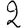
Digit: 2